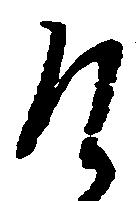
そ